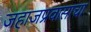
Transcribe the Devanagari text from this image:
जहाजप्रवासाचा